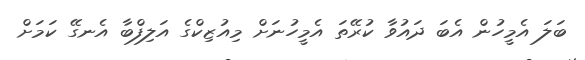
ބަލަ އެމީހުން އެބަ ދައުވާ ކުރޭތަ އެމީހުނަށް މިއުޒިކްގެ އަލިފްބާ އެނގޭ ކަމަށް